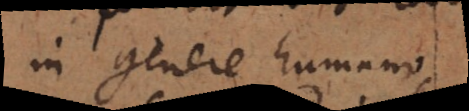
in genere humano,